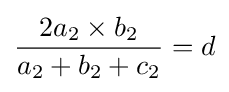
{2a_{2}\times b_{2} \over a_{2}+b_{2}+c_{2}}=d